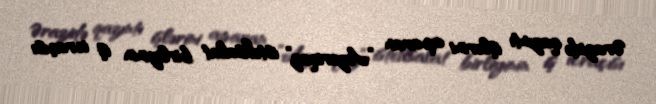
Ərazidə qazıntı işlərini aparan ”Azəriqaz” istehsalat birliyinin iş icraçısı